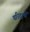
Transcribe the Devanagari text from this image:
परिदृश्‍यों